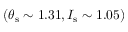
( \theta _ { \mathrm { s } } \sim 1 . 3 1 , I _ { \mathrm { s } } \sim 1 . 0 5 )